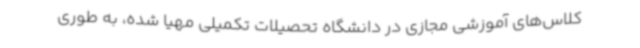
کلاس‌های آموزشی مجازی در دانشگاه تحصیلات تکمیلی مهیا شده، به طوری